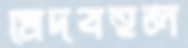
মেদবহুল